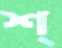
শ্